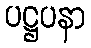
ပဋ္ဌပနာ